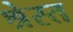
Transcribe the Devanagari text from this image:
श्रेस्त